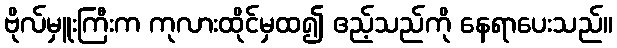
ဗိုလ်မှူးကြီးက ကုလားထိုင်မှထ၍ ဧည့်သည်ကို နေရာပေးသည်။